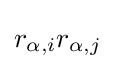
r_{\alpha ,i}r_{\alpha ,j}